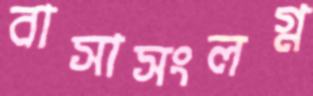
বাসাসংলগ্ন